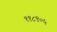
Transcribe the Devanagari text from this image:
११८९०५